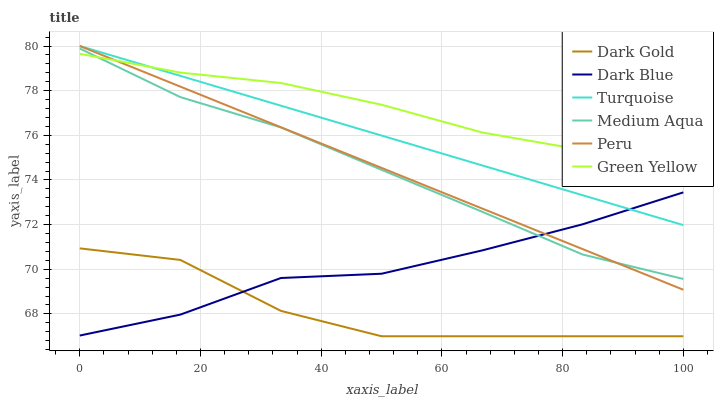
| xaxis_label | Dark Gold | Dark Blue | Turquoise | Medium Aqua | Peru | Green Yellow |
 | --- | --- | --- | --- | --- | --- | --- |
 | 0 | 70.9 | 67 | 80 | 79.9 | 80 | 79.7 |
 | 16.7 | 70.4 | 68 | 78.7 | 77.7 | 78.2 | 78.8 |
 | 33.3 | 68.1 | 69.6 | 77.3 | 76.4 | 76.4 | 78.3 |
 | 50 | 67 | 69.8 | 76 | 74.5 | 74.5 | 77.4 |
 | 66.7 | 67 | 70.8 | 74.7 | 72.6 | 72.7 | 76.1 |
 | 83.3 | 67 | 72 | 73.3 | 70.7 | 70.9 | 75.3 |
 | 100 | 67 | 73.4 | 72 | 69.6 | 69.1 | 73.8 |